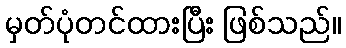
မှတ်ပုံတင်ထားပြီး ဖြစ်သည်။